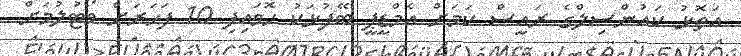
އަތޮޅު ކައުންސިލްގެ ރައީސް ކަމަށް އެމްޑީޕީ ބޭފުޅަކު ހޮވައިފި 10 ފަހަރަށް ވޯޓުލުމަށް